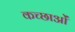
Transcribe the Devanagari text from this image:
कच्छाओं